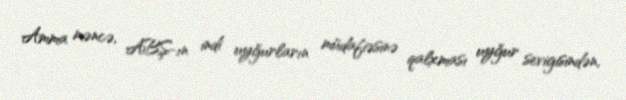
Amma məncə, ABŞ-ın indi uyğurların müdafiəsinə qalxması uyğur sevigisindən,